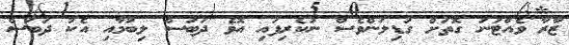
ޒާރާ ވެއްޓުނު ގޮތަށް ގުޑިލަންވެސް ނުކެރިފައި އޮވެ ދަބަސް ލިބުމާއި އެކު ދަބަސް